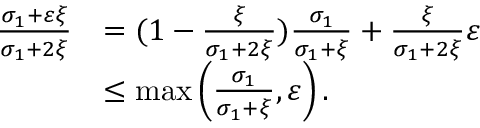
\begin{array} { r l } { \frac { \sigma _ { 1 } + \varepsilon \xi } { \sigma _ { 1 } + 2 \xi } } & { = ( 1 - \frac { \xi } { \sigma _ { 1 } + 2 \xi } ) \frac { \sigma _ { 1 } } { \sigma _ { 1 } + \xi } + \frac { \xi } { \sigma _ { 1 } + 2 \xi } \varepsilon } \\ & { \leq \operatorname* { m a x } \left( \frac { \sigma _ { 1 } } { \sigma _ { 1 } + \xi } , \varepsilon \right) . } \end{array}